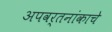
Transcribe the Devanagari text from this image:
अपवर्तनांकाचे